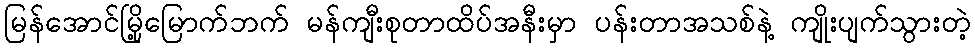
မြန်အောင်မြို့မြောက်ဘက် မန်ကျီးစုတာထိပ်အနီးမှာ ပန်းတာအသစ်နဲ့ ကျိုးပျက်သွားတဲ့